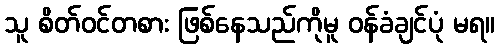
သူ စိတ်ဝင်တစား ဖြစ်နေသည်ကိုမူ ဝန်ခံချင်ပုံ မရ။